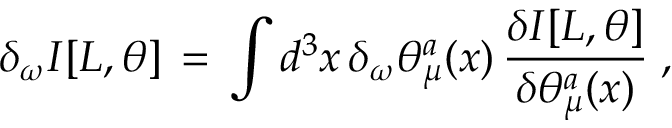
\delta _ { \omega } I [ L , \theta ] \, = \, \int d ^ { 3 } x \, \delta _ { \omega } \theta _ { \mu } ^ { a } ( x ) \, \frac { \delta I [ L , \theta ] } { \delta \theta _ { \mu } ^ { a } ( x ) } \; ,